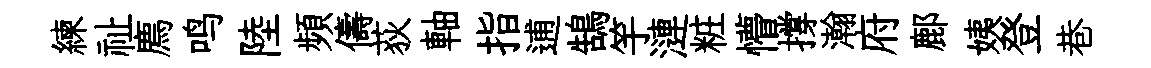
練祉廌鸣陸頻儔荻軸指逋鵠竽漣粧懵撐瀚府鄜姨登巷